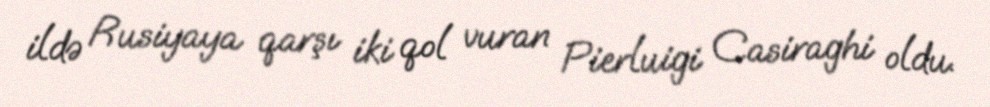
ildə Rusiyaya qarşı iki qol vuran Pierluigi Casiraghi oldu.